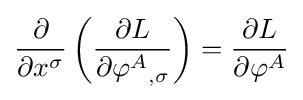
{\frac {\partial }{\partial x^{\sigma }}}\left({\frac {\partial L}{\partial {\varphi ^{A}}_{,\sigma }}}\right)={\frac {\partial L}{\partial \varphi ^{A}}}